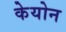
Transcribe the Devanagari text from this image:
केयोन